Trukikaitis_Postimees, lk 3
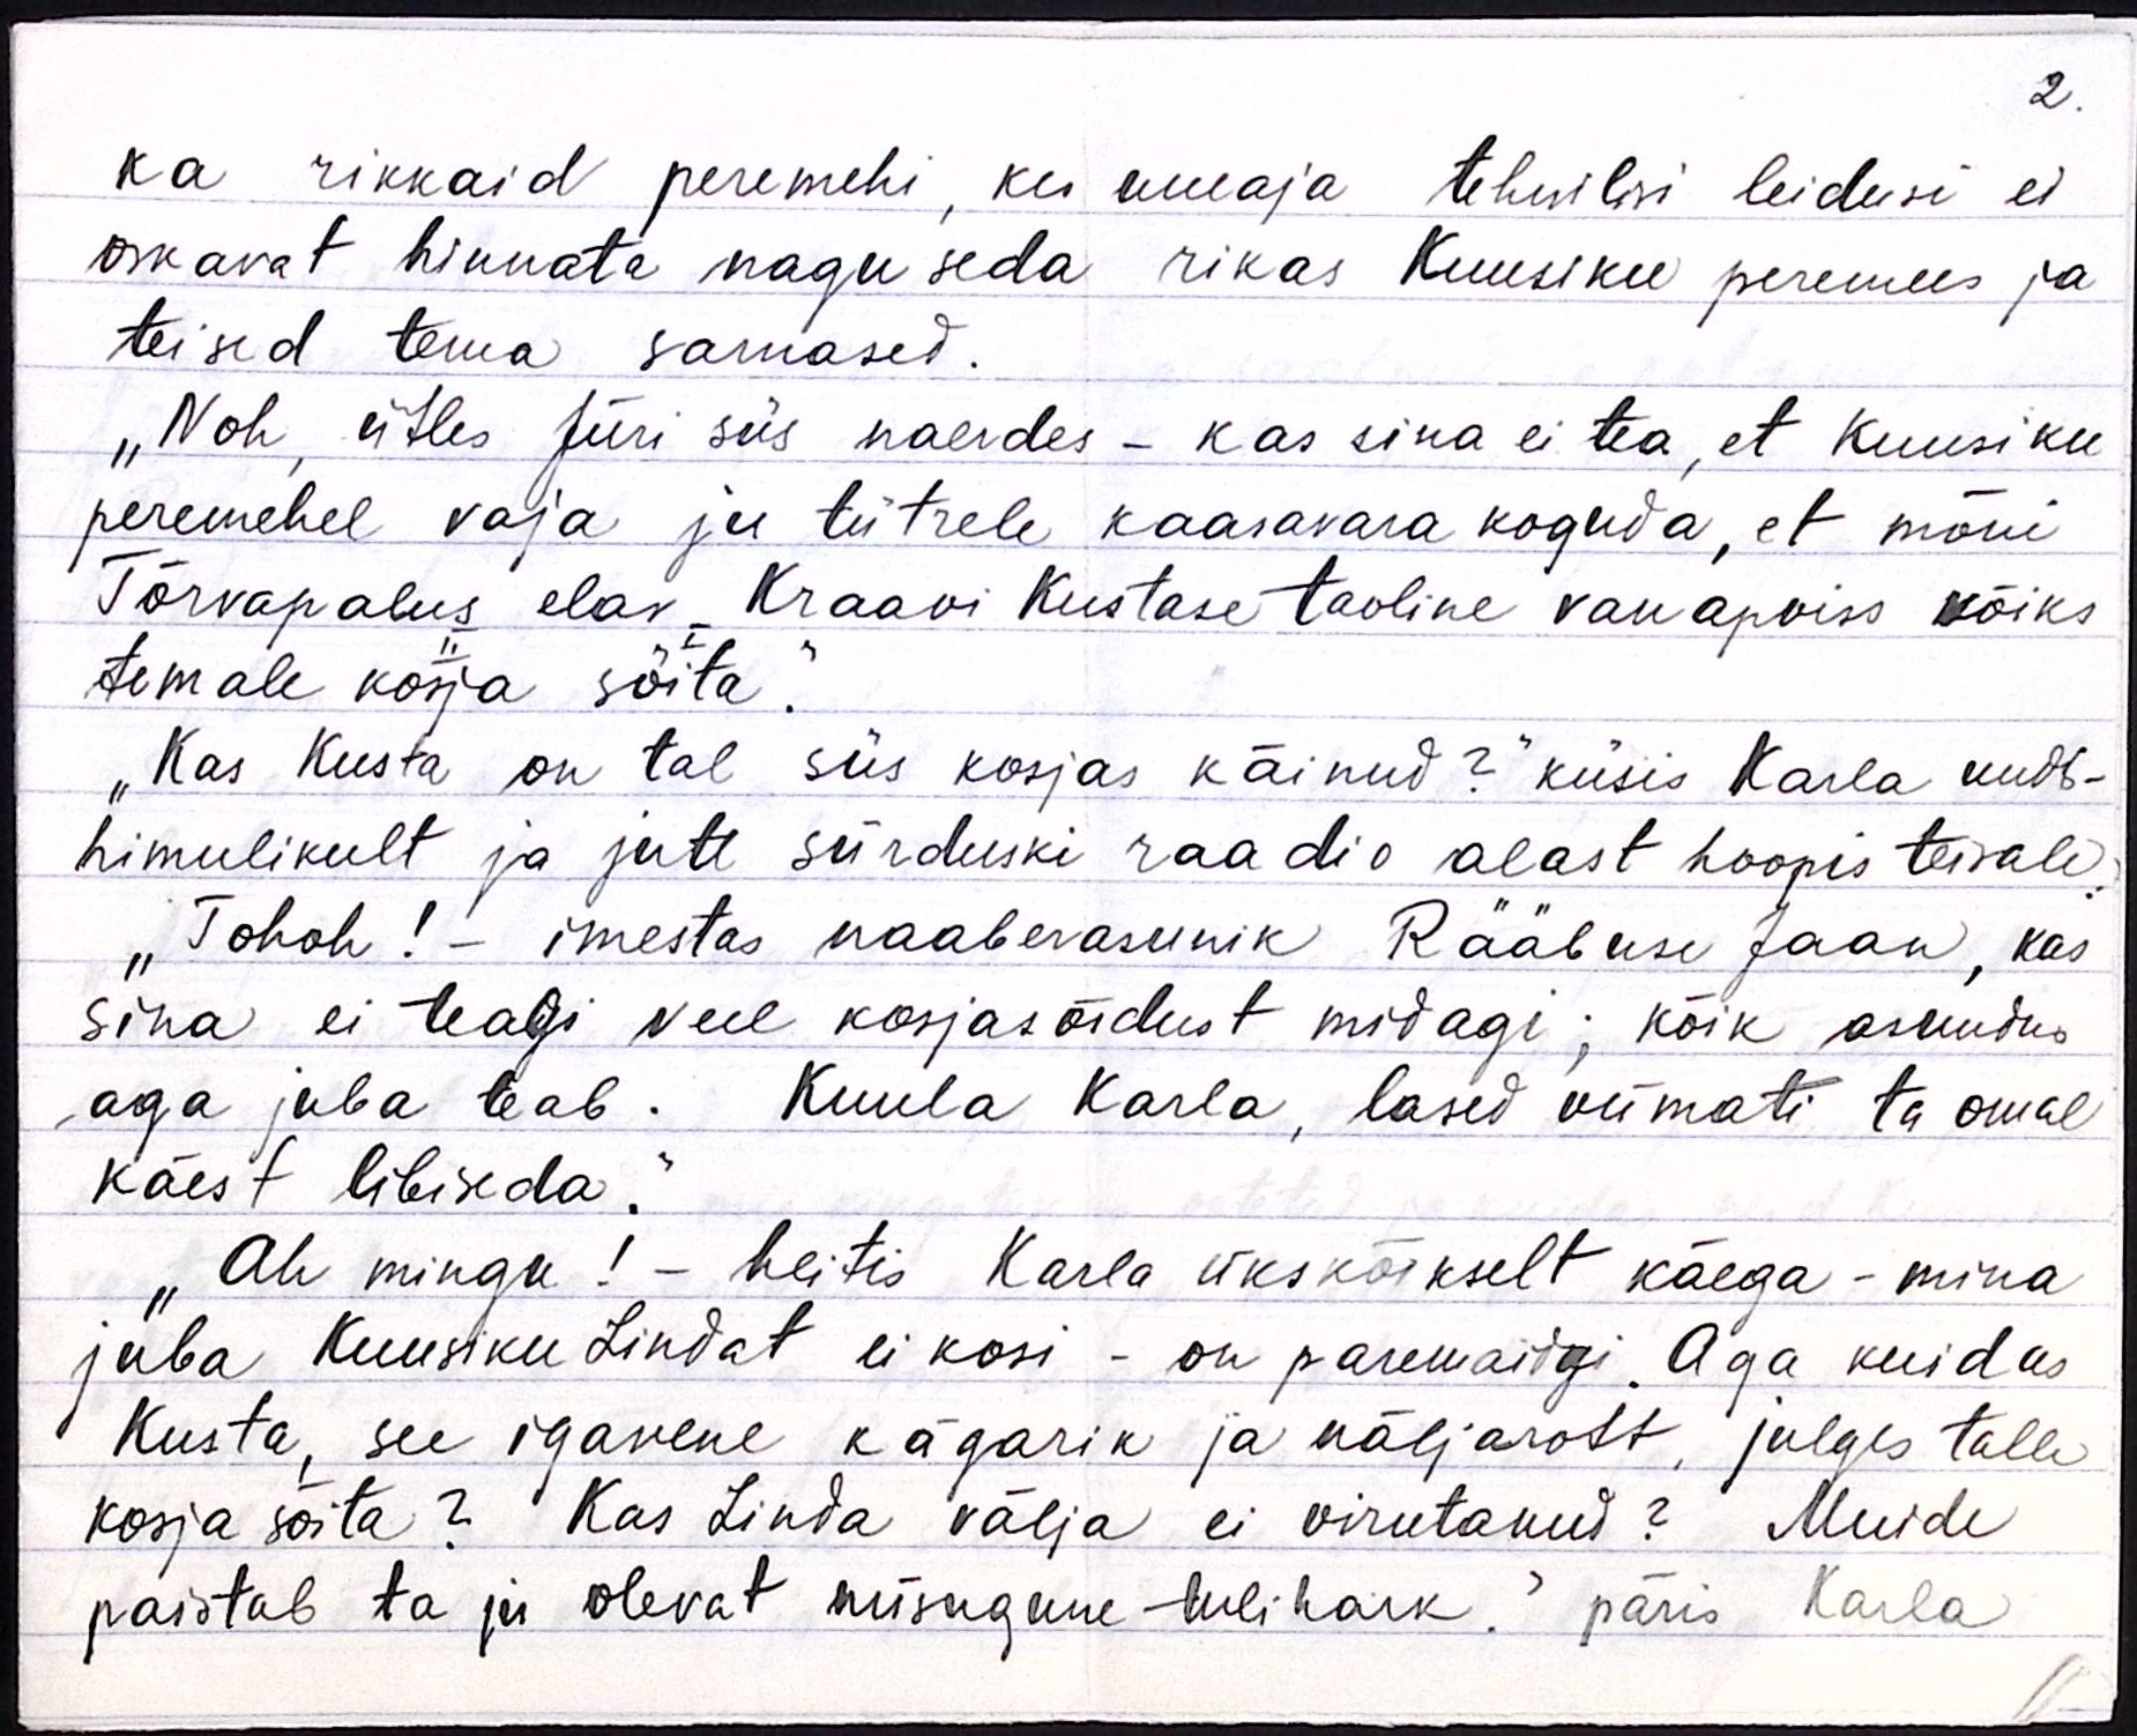
2.

ka rikkaid peremehi, kes uueaja tehnilisi leidusi ei
oskavat hinnata nagu seda rikas Kuusiku peremees ja
teised tema samased.
"Noh, ütles Jüri siis naerdes - kas sina ei tea, et Kuusiku
peremehel vaja ju tütrele kaasavara koguda, et mõni
Tõrvapalus elav Kraavi Kustase taoline vanapoiss võiks
temale kosja sõita.“
"Kas Kusta on tal siis kosjas käinud?“ küsis Karla uudis-
himulikult ja jutt siirduski raadio alast hoopis teisale.
"Tohoh! - imestas naaberasunik Rääbuse Jaan, kas
sina ei teagi veel karjasõidust midagi; kõik asundus
aga juba teab. Kuula Karla, lased viimati ta omal
käest libiseda."
"Ah mingu! - heitis Karla ükskõikselt käega - mina
juba Kuusiku Lindat ei kosi - on paremaidgi. Aga kuidas
Kusta, see igavene kägarik ja näljarott, julges talle
kosja sõita? Kas Linda välja ei virutanud? Muide
paistab ta ju olevat niisugune tulihark? päris Karla